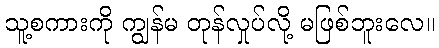
သူ့စကားကို ကျွန်မ တုန်လှုပ်လို့ မဖြစ်ဘူးလေ။